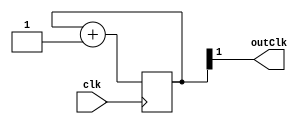
`timescale 1ns / 1ps

module clkDiv(input clk, output outClk);
	reg[4:0] counter;
	always @(posedge clk) begin
		counter <= counter + 1;
	end
	assign outClk = counter[1];
endmodule